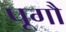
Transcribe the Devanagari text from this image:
पूगौ